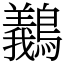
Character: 䴊